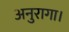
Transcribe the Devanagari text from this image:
अनुरागा।